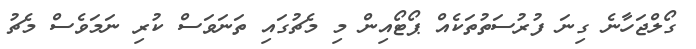
ގޯލްޖަހާނެ ގިނަ ފުރުސަތުތަކެއް ޕޯޓޯއިން މި މެޗުގައި ތަނަވަސް ކުރި ނަމަވެސް މެޗު